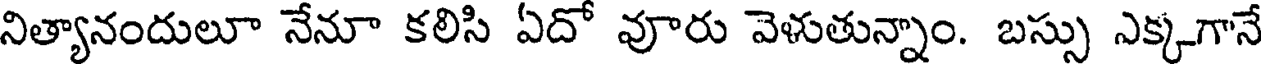
నిత్యానందులూ నేనూ కలిసి ఏదో వూరు వెళుతున్నాం. బస్సు ఎక్కగానే